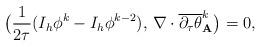
LaTeX: \begin{align*}\big(\frac{1}{2\tau}(I_{h}\phi^{k} - I_{h}\phi^{k-2}),\, \nabla \cdot \overline{\partial_{\tau} \theta}_{\mathbf{A}}^{k}\big) = 0,\end{align*}